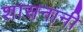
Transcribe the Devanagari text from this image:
शासनानी